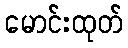
မောင်းထုတ်